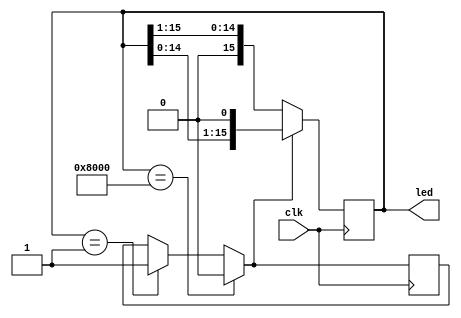
module ledwater( led, clk );            
output[15:0] led; 
input  clk;  

 reg[15:0] led_r = 16'b000_000_0000_0001;  // ???
assign led = led_r[15:0];  
reg dir = 1;  // ?
always@(posedge clk)  
begin 
 if(led_r == 16'b0000_0000_0000_0001)    
 begin 
  dir = 1;    
  led_r <= 16'b0000_0000_0000_0001; 
 end 
  
 if(led_r == 16'b1000_0000_0000_0000) 
 begin 
  dir = 0;    
  led_r <= 9'b1000_0000_0000_0000; 
 end 
  
 if(dir) 
  led_r <= led_r << 1;   // ???  
 else 
  led_r <= led_r >> 1;   // ?? 
  
end 
endmodule